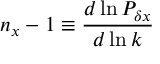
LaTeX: n _ { x } - 1 \equiv { \frac { d \ln { \cal P } _ { \delta x } } { d \ln k } }